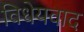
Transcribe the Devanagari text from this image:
विधेयवाद